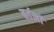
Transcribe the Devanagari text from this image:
बर्तनॉ